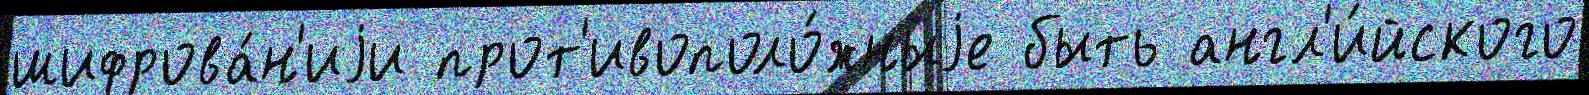
шифрова́н'иjи прот'ивополо́жныjе быть англ'и́йского